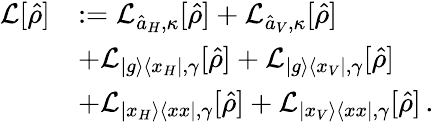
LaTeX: \begin{array}{rl}{\mathcal{L}[\hat{\rho}]}&{:=\mathcal{L}_{\hat{a}_{H},\kappa}[\hat{\rho}]+\mathcal{L}_{\hat{a}_{V},\kappa}[\hat{\rho}]}\\ &{+\mathcal{L}_{\vert g\rangle\langle x_{H}\vert,\gamma}[\hat{\rho}]+\mathcal{L}_{\vert g\rangle\langle x_{V}\vert,\gamma}[\hat{\rho}]}\\ &{+\mathcal{L}_{\vert x_{H}\rangle\langle xx\vert,\gamma}[\hat{\rho}]+\mathcal{L}_{\vert x_{V}\rangle\langle xx\vert,\gamma}[\hat{\rho}]\, .}\end{array}